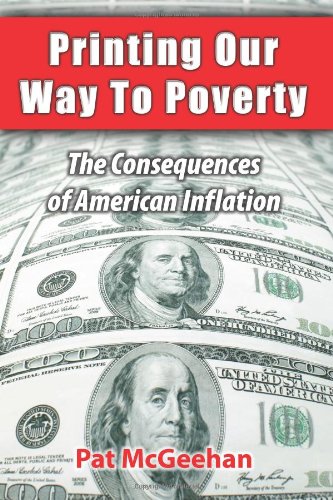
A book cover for Printing Our Way to Poverty: The Consequences of American Inflation; Mr. Pat McGeehan; Business & Money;